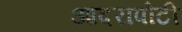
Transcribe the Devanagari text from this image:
आदरापोटी